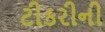
ટીકરીની